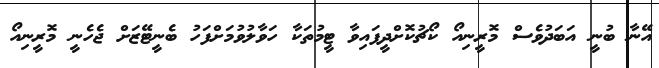
އޭނާ ބުނީ އަބަދުވެސް މޮރީނިއޯ ކޯޗުކޮށްދީފައިވާ ޓީމުތަކާ ހަވާލުވުމަށްފަހު ބެނީޓޭޒަށް ޖެހެނީ މޮރީނިއޯ